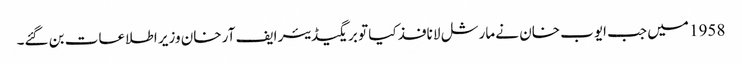
1958 میں جب ایوب خان نے مارشل لا نافذ کیا تو بریگیڈیئر ایف آر خان وزیر اطلاعات بن گئے۔